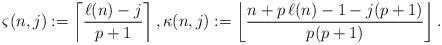
LaTeX: \begin{align*}\varsigma(n,j):=\left\lceil\frac{\ell(n)-j}{p+1}\right\rceil,\kappa(n,j):=\left\lfloor\frac{n+p\,\ell(n)-1-j(p+1)}{p(p+1)}\right\rfloor.\end{align*}